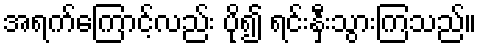
အရက်ကြောင့်လည်း ပို၍ ရင်းနှီးသွားကြသည်။